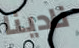
نادينا